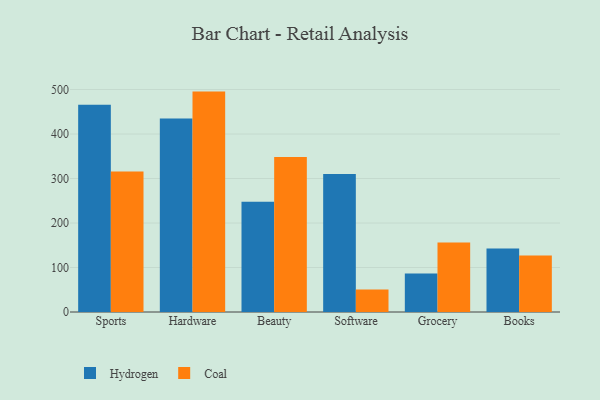
{"axis": {"x": "Category", "y": "Waste Production (Tons)"}, "legend": ["Coal", "Hydrogen"], "data": [{"x": "Sports", "y": 466.0, "type": "Hydrogen"}, {"x": "Sports", "y": 315.5, "type": "Coal"}, {"x": "Hardware", "y": 434.6, "type": "Hydrogen"}, {"x": "Hardware", "y": 495.3, "type": "Coal"}, {"x": "Beauty", "y": 247.9, "type": "Hydrogen"}, {"x": "Beauty", "y": 348.3, "type": "Coal"}, {"x": "Software", "y": 309.9, "type": "Hydrogen"}, {"x": "Software", "y": 50.4, "type": "Coal"}, {"x": "Grocery", "y": 86.8, "type": "Hydrogen"}, {"x": "Grocery", "y": 156.1, "type": "Coal"}, {"x": "Books", "y": 142.8, "type": "Hydrogen"}, {"x": "Books", "y": 126.9, "type": "Coal"}]}